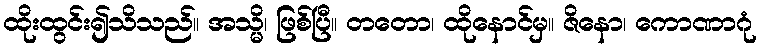
ထိုးထွင်း၍သိသည်။ အသ္မိ၊ ဖြစ်ပြီ။ တတော၊ ထိုနောင်မှ။ ဇိနော၊ ကောဏာဂုံ